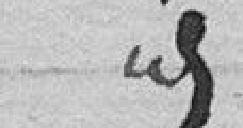
idem